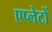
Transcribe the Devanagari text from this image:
एप्लेटों